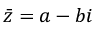
{ \bar { z } } = a - b i